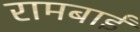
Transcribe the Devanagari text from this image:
रामबाईं